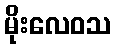
မိုးလေဝသ